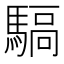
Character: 𩤬